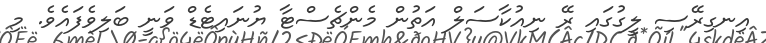
އިނގިރޭސި ލީގުގައި ރޭ ނިއުކާސަލް އަތުން މެންޗެސްޓާ ޔުނައިޓެޑް ވަނީ ބަލިވެފައެވެ. މި